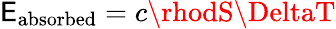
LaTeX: \mathsf{E}_{\mathrm{{absorbed}}}=c\rhodS\DeltaT